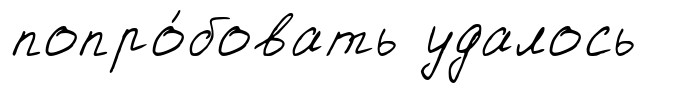
попро́бовать удалось